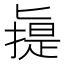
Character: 𠤧